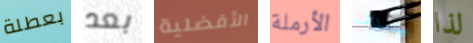
بعطلة بعد الأفضلية الأرملة يصدف لذا